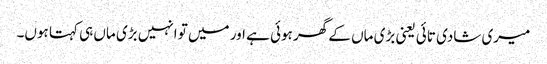
میری شادی تائی یعنی بڑی ماں کے گھر ہوئی ہے اور میں تو انہیں بڑی ماں ہی کہتا ہوں۔